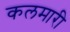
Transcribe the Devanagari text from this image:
कलमारी